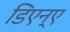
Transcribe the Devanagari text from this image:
डिएन्ए